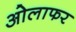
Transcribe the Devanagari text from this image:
ओलाफर